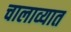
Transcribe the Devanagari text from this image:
चालाव्यात